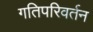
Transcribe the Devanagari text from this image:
गतिपरिवर्तन